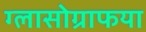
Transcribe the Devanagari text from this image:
ग्लासोग्राफया